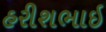
હરીશભાઇ